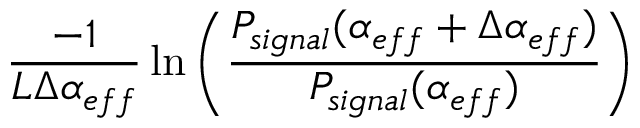
\frac { - 1 } { { L \Delta \alpha _ { e f f } } } \ln { \left( \frac { P _ { s i g n a l } ( \alpha _ { e f f } + \Delta \alpha _ { e f f } ) } { P _ { s i g n a l } ( \alpha _ { e f f } ) } \right) }